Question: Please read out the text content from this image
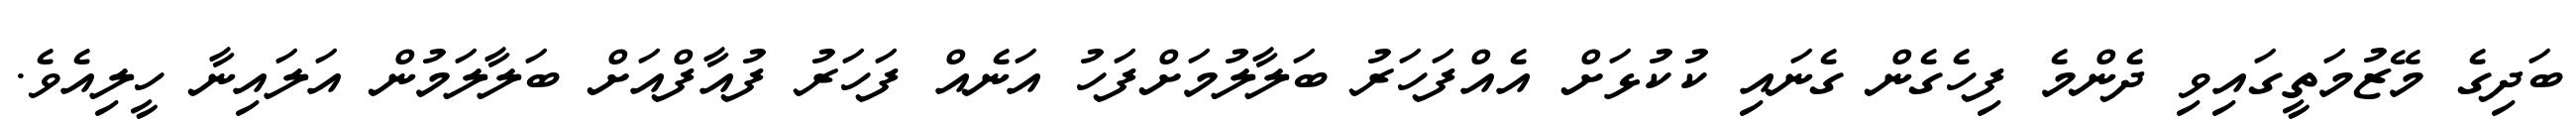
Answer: ބަދިގެ މޭޒުމަތީގައިވި ދެންމެ ފިހެގެން ގެނައި ކުކުޅަށް އެއްފަހަރު ބަލާލުމަށްފަހު އަނެއް ފަހަރު ފުއާފްއަށް ބަލާލަމުން އަލައިނާ ހީލިއެވެ.